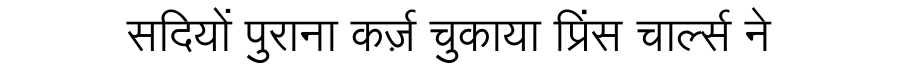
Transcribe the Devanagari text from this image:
सदियों पुराना कर्ज़ चुकाया प्रिंस चार्ल्स ने